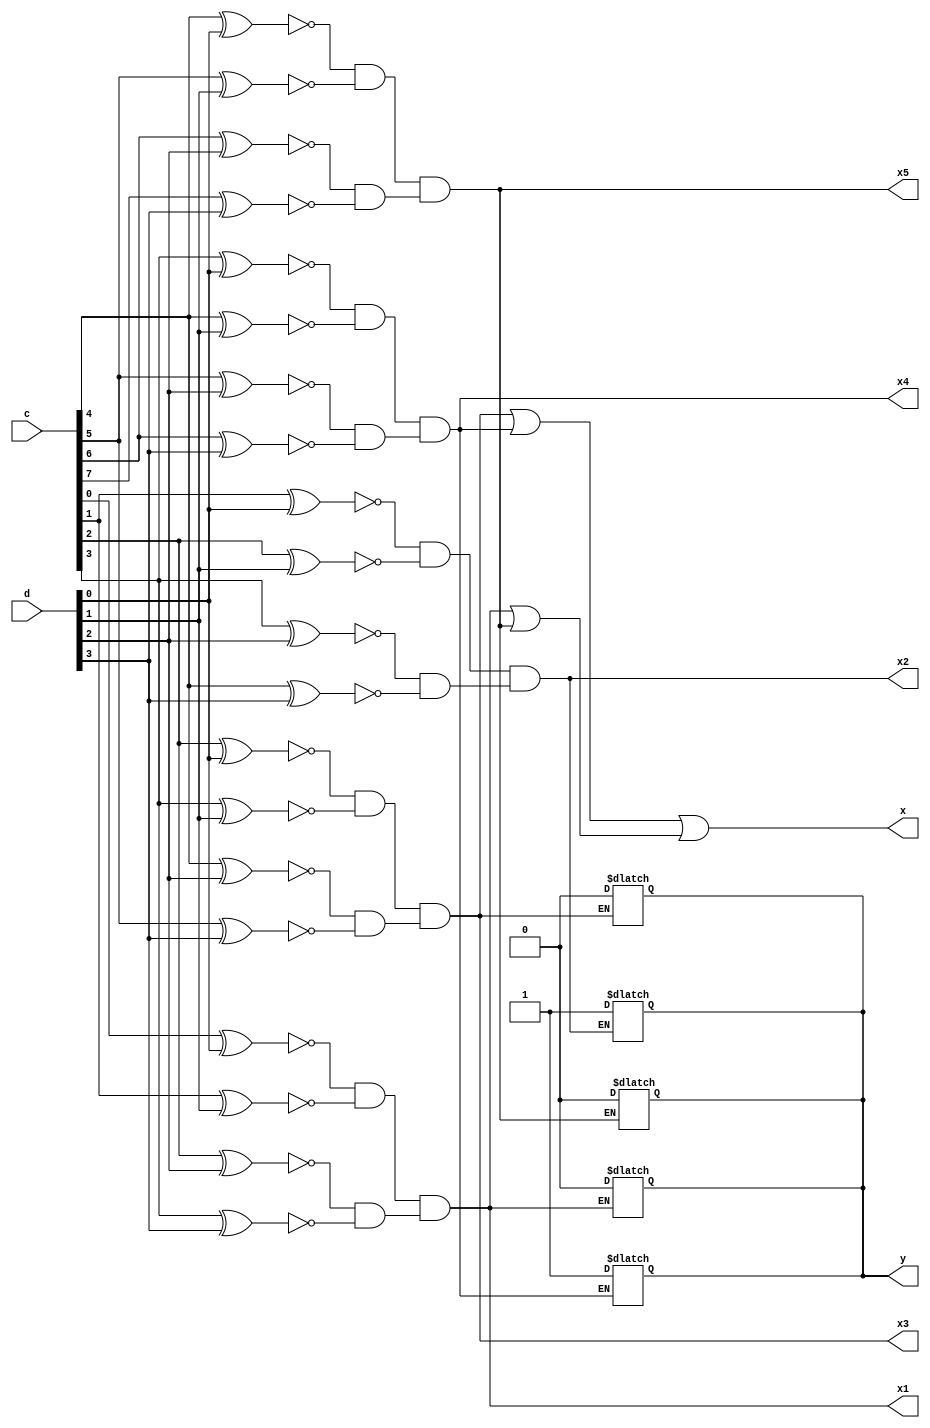
module pattern(c,d,x,y,x1,x2,x3,x4,x5);
input [3:0]d;
input [7:0]c;
output  x;
output reg y ;
wire d1,d2,d3,d4,a,b;
wire d21,d22,d23,d24,a2,b2;
wire d31,d32,d33,d34,a3,b3;
wire d41,d42,d43,d44,a4,b4;
wire d51,d52,d53,d54,a5,b5;

output x1,x2,x3,x4,x5;
wire y1,y2,y3,y4,y5;
integer i;
//reg [7:0]f;


//reg [7:0]g;


reg z;
//always @(*)
//for (i=0; i<5 ; i=i+1) begin


//g[i] = c[i];
//f[i] = d[i];

//if(g[i] == f[i])

//xnor p(d1,g[i],f[i]);
//xnor q(d2,c[i],d[i+1]);
//xnor(d3,c[i],d[i+2]);
//xnor(d4,c[i],d[i+3]);
//end



xnor p(d1,c[0],d[0]);
xnor q(d2,c[1],d[1]);
xnor r(d3,c[2],d[2]);
xnor s(d4,c[3],d[3]);

and t(a,d1,d2);
and u(b,d3,d4);
and v(x1,a,b);

always @(*)
begin
if(x1==1)
y = 4'b0100;

end 

xnor p5(d51,c[1],d[0]);
xnor q5(d52,c[2],d[1]);
xnor r5(d53,c[3],d[2]);
xnor s5(d54,c[4],d[3]);

and t5(a5,d51,d52);
and u5(b5,d53,d54);
and v5(x2,a5,b5);

always @(*)
begin
if(x2==1)
y = 4'b0011;
end

xnor p2(d21,c[2],d[0]);
xnor q2(d22,c[3],d[1]);
xnor r2(d23,c[4],d[2]);
xnor s2(d24,c[5],d[3]);

and t2(a2,d21,d22);
and u2(b2,d23,d24);
and v2(x3,a2,b2);
always @(*)
begin
if(x3==1)
y = 4'b0010;
end


xnor p3(d31,c[3],d[0]);
xnor q3(d32,c[4],d[1]);
xnor r3(d33,c[5],d[2]);
xnor s3(d34,c[6],d[3]);

and t3(a3,d31,d32);
and u3(b3,d33,d34);
and v3(x4,a3,b3);

always @(*)
begin
if(x4==1)
y = 4'b0001;
end


xnor p4(d41,c[4],d[0]);
xnor q4(d42,c[5],d[1]);
xnor r4(d43,c[6],d[2]);
xnor s4(d44,c[7],d[3]);

and t4(a4,d41,d42);
and u4(b4,d43,d44);
and v4(x5,a4,b4);



always @(*)
begin
if(x5==1)
y = 4'b0000;
end

or p0(y1,x1,x2);
or q0(y3,x3,x4);
or r0(y5,x1,x5);
or s0(x,y3,y5);

endmodule